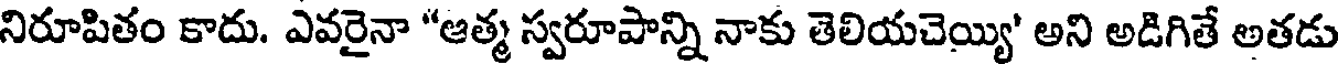
నిరూపితం కాదు. ఎవరైనా "ఆత్మ స్వరూపాన్ని నాకు తెలియచెయ్యి' అని అడిగితే అతడు